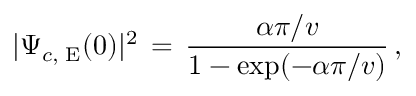
| \Psi _ { c , \mathrm { \tiny ~ E } } ( 0 ) | ^ { 2 } \, = \, \frac { \alpha \pi / v } { 1 - \mathrm { e x p } ( - \alpha \pi / v ) } \, ,